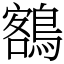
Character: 𪃭